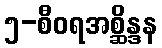
၅-စီဝရအစ္ဆိန္ဒန